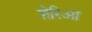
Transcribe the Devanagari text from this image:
शेरिआ